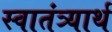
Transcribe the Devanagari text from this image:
स्वातंत्र्यार्थ